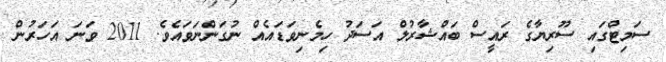
ސަމިޓްގައި ސޫރިޔާގެ ރައީސް ބައްޝާރުލް އަސަދު ހިމެނިވަޑައެއް ނުގަންނަވައެވެ. 2011 ވަނަ އަހަރުން